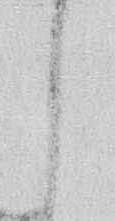
し